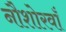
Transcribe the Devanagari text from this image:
नौशोरवाँ